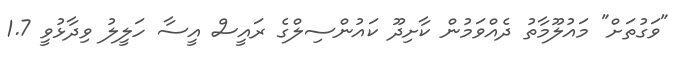
"ވަގުތަށް" މައުލޫމާތު ދެއްވަމުން ކާށިދޫ ކައުންސިލްގެ ރައީސް އީސާ ހަލީލު ވިދާޅުވީ 1.7